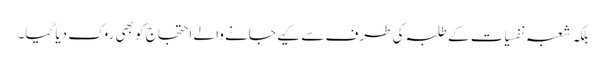
بلکہ شعبہ نفسیات کے طلبہ کی طرف سے کیے جانے والے احتجاج کو بھی روک دیا گیا۔